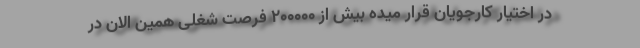
در اختیار کارجویان قرار میده بیش از 200000 فرصت شغلی همین الان در